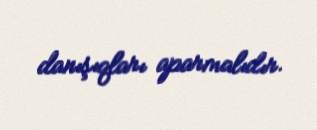
danışıqları aparmalıdır.